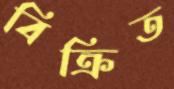
বিক্রিত